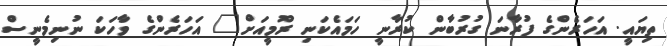
ތިޔައީ. އަހަރެންގެ ފުރާނަ ގުރުބާން ކުރާނީ ހަމައެކަނި ރޫމީއަށް" އަހަރެންގެ ވާހަކަ ނުނިމެނީސް